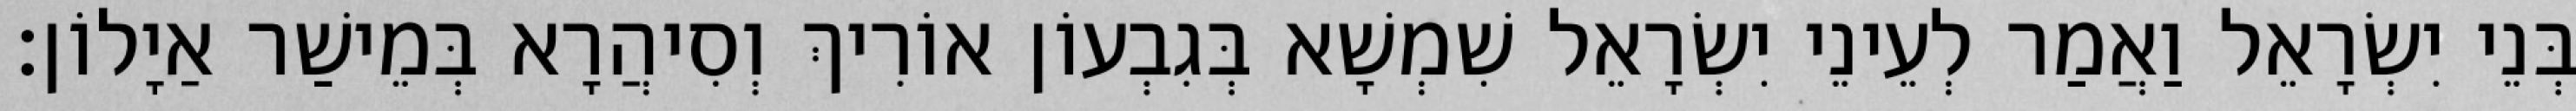
בְּנֵי יִשְׂרָאֵל וַאֲמַר לְעֵינֵי יִשְׂרָאֵל שִׁמְשָׁא בְּגִבְעוֹן אוֹרִיךְ וְסִיהֲרָא בְּמֵישַׁר אַיָלוֹן׃